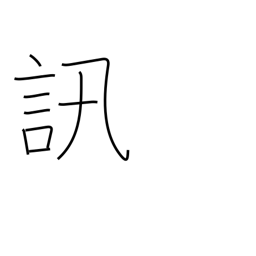
Meaning: investigate